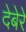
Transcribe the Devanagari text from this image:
देबेरे